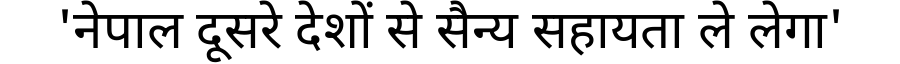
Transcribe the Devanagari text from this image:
'नेपाल दूसरे देशों से सैन्य सहायता ले लेगा'